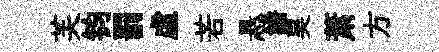
芙钧罰虚若悬譜昊萧方